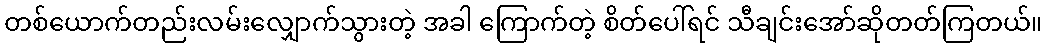
တစ်ယောက်တည်းလမ်းလျှောက်သွားတဲ့ အခါ ကြောက်တဲ့ စိတ်ပေါ်ရင် သီချင်းအော်ဆိုတတ်ကြတယ်။